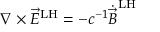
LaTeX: \nabla \times { \vec { E } } ^ { \mathrm { L H } } = - c ^ { - 1 } { \dot { \vec { B } } } ^ { \mathrm { L H } }